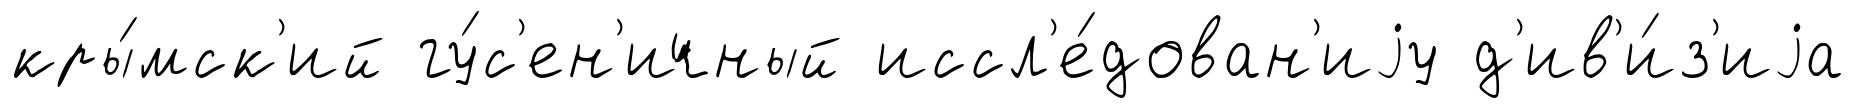
кры́мск'ий гу́с'ен'ичный иссл'е́дован'иjу д'ив'и́з'иjа